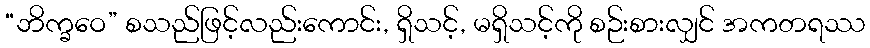
“ဘိက္ခဝေ” စသည်ဖြင့်လည်းကောင်း, ရှိသင့်, မရှိသင့်ကို စဉ်းစားလျှင် အကတရဿ